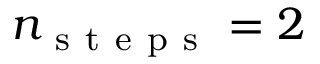
n _ { \mathrm { ~ s ~ t ~ e ~ p ~ s ~ } } = 2